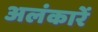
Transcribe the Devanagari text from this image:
अलंकारें